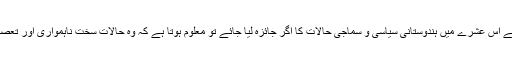
انیس سو اسی کے اس عشرے میں ہندوستانی سیاسی و سماجی حالات کا اگر جائزہ لیا جائے تو معلوم ہوتا ہے کہ وہ حالات سخت ناہمواری اور تعصبات کا دور تھا۔